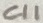
Text: C11